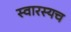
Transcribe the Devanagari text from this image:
स्वारस्यच